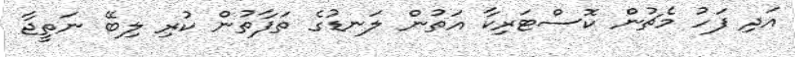
އަދި ފަހު މެޗުން ކޮސްޓަރިކާ އަތުން ލަނޑުގެ ތަފާތުން ކުރި ލިބޭ ނަތީޖާ